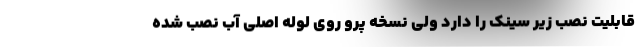
قابلیت نصب زیر سینک را دارد ولی نسخه پرو روی لوله اصلی آب نصب شده